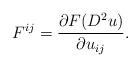
LaTeX: \begin{align*}F^{ij} = \frac{\partial F(D^2 u)}{\partial u_{ij}}.\end{align*}